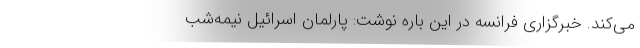
می‌کند. خبرگزاری فرانسه در این باره نوشت: پارلمان اسرائیل نیمه‌شب